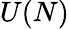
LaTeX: U(N)